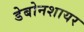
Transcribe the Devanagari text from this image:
डेबोनशायर